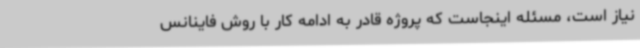
نیاز است، مسئله اینجاست که پروژه قادر به ادامه کار با روش فاینانس